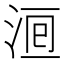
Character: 𣵨